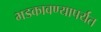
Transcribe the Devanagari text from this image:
भडकावण्यापर्यंत